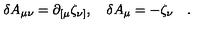
\delta A _ { \mu \nu } = \partial _ { [ \mu } \zeta _ { \nu ] } , \quad \delta A _ { \mu } = - \zeta _ { \nu } \quad .